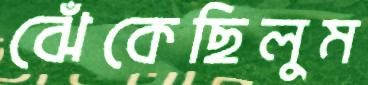
ঝেঁকেছিলুম